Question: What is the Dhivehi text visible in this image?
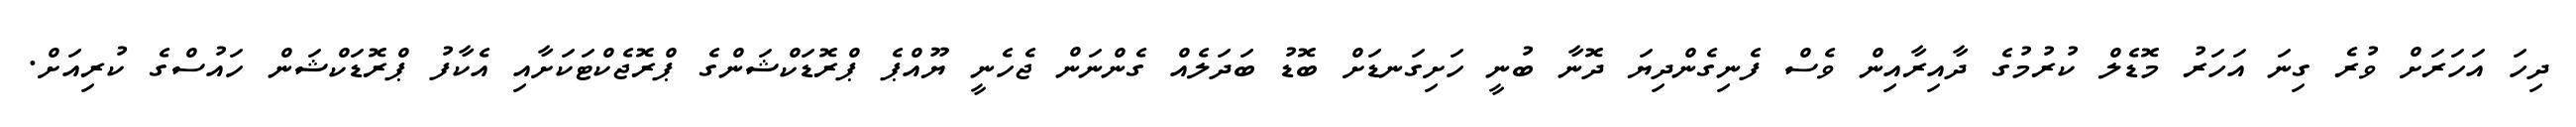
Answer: ދިހަ އަހަރަށް ވުރެ ގިނަ އަހަރު މޮޑެލް ކުރުމުގެ ދާއިރާއިން ވެސް ފެނިގެންދިޔަ ދޮނާ ބުނީ ހަށިގަނޑަށް ބޮޑު ބަދަލެއް ގެންނަން ޖެހެނީ ޔޫއްޕެ ޕްރޮޑަކްޝަންގެ ޕްރޮޖެކްޓަކަށާއި އެކާފު ޕްރޮޑަކްޝަން ހައުސްގެ ކުރިއަށް.